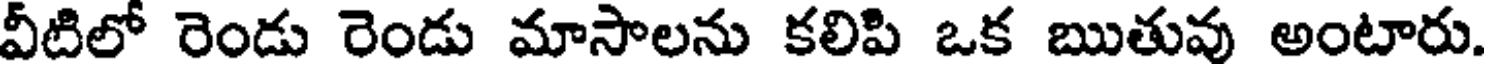
వీటిలో రెండు రెండు మాసాలను కలిపి ఒక ఋతువు అంటారు.